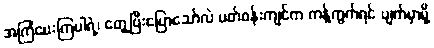
အကြံပေးကြပါရဲ့၊ တွေ့ပြီးပြောသော်လဲ ပတ်ဝန်းကျင်က ကန့်ကွက်ရင် ပျက်မှာမို့